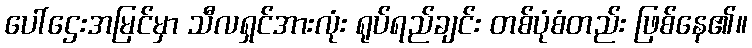
ပေါ်ဌေးအမြင်မှာ သီလရှင်အားလုံး ရုပ်ရည်ချင်း တစ်ပုံစံတည်း ဖြစ်နေ၏။